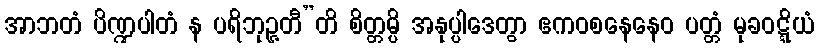
အာဘတံ ပိဏ္ဍပါတံ န ပရိဘုဉ္ဇတီ”တိ စိတ္တမ္ပိ အနုပ္ပါဒေတွာ ဧကဝစနေနေဝ ပတ္တံ မုခဝဋ္ဋိယံ